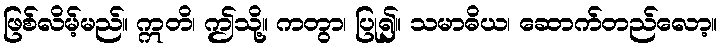
ဖြစ်လိမ့်မည်။ ဣတိ၊ ဤသို့။ ကတွာ၊ ပြု၍။ သမာဓိယ၊ ဆောက်တည်လော့။